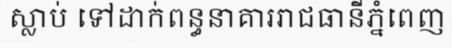
ស្លាប់ ទៅដាក់ពន្ធនាគាររាជធានីភ្នំពេញ